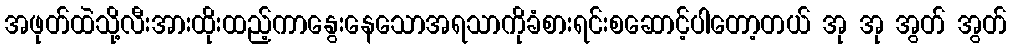
အဖုတ်ထဲသို့လီးအားထိုးထည့်ကာနွေးနေသောအရသာကိုခံစားရင်းစဆောင့်ပါတော့တယ် အု အု အွတ် အွတ်